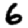
Digit: 6